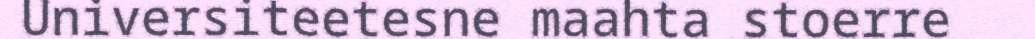
Universiteetesne maahta stoerre